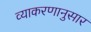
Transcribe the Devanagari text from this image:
व्याकरणानुसार